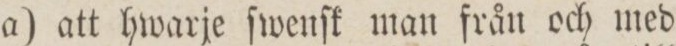
a) att hwarje ſwenſk man från och med